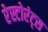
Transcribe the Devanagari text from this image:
रेस्टोरंट्स